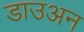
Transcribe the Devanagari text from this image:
डाउअन